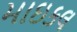
માઇકલ